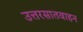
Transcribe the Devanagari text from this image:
उत्तरसातवाहन